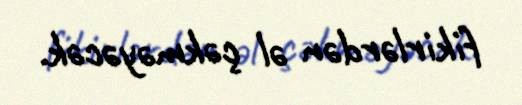
fikirlərdən əl çəkməyəcək.